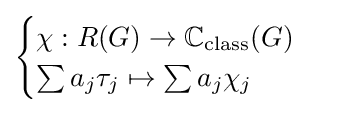
{\begin{cases}\chi :R(G)\to \mathbb {C} _{\text{class}}(G)\\\sum a_{j}\tau _{j}\mapsto \sum a_{j}\chi _{j}\end{cases}}